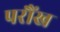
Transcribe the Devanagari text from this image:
परौंख